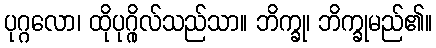
ပုဂ္ဂလော၊ ထိုပုဂ္ဂိုလ်သည်သာ။ ဘိက္ခု၊ ဘိက္ခုမည်၏။